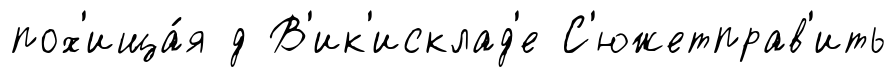
пох'ища́я д В'ик'исклад'е С'южетправ'ить